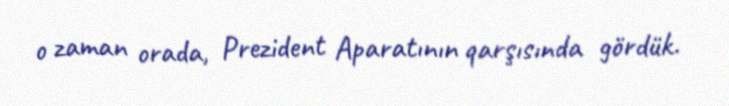
o zaman orada, Prezident Aparatının qarşısında gördük.